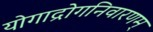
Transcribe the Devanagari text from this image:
योगाद्रोगनिवारणम्